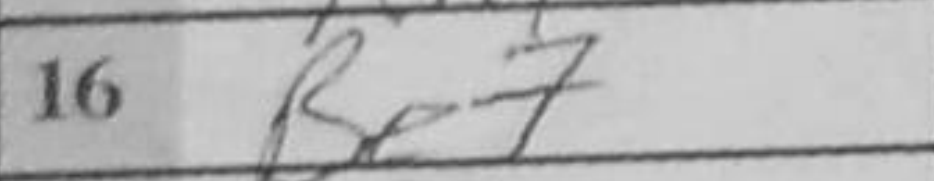
Transcription: Be7